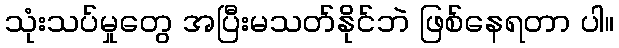
သုံးသပ်မှုတွေ အပြီးမသတ်နိုင်ဘဲ ဖြစ်နေရတာ ပါ။